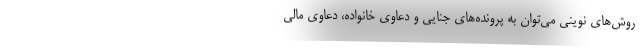
روش‌های نوینی می‌توان به پرونده‌های جنایی و دعاوی خانواده، دعاوی مالی